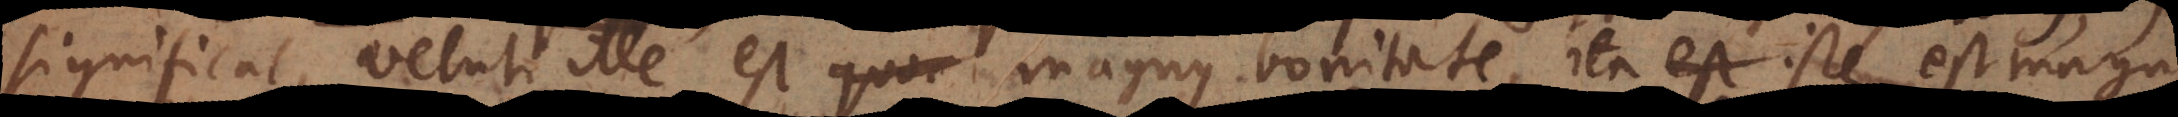
significat, veluti ille est quoa magnus bonitate, ita iste est magnus